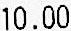
10.00